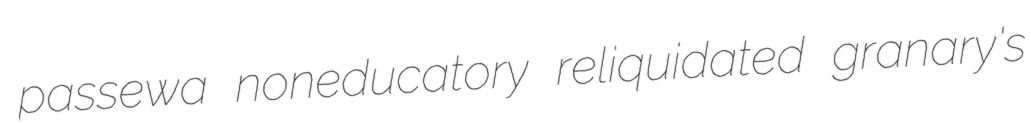
passewa noneducatory reliquidated granary's